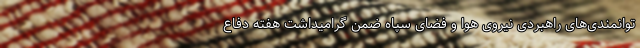
توانمندی‌های راهبردی نیروی هوا و فضای سپاه ضمن گرامیداشت هفته دفاع